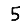
Digit: 5